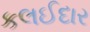
કલઈદાર